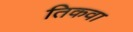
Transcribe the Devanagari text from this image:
तिकवा